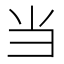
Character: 当